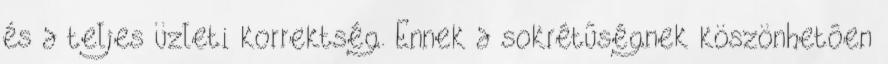
és a teljes üzleti korrektség. Ennek a sokrétûségnek köszönhetôen